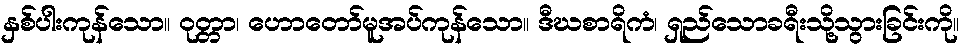
နှစ်ပါးကုန်သော။ ဝုတ္တာ၊ ဟောတော်မူအပ်ကုန်သော။ ဒီဃစာရိကံ၊ ရှည်သောခရီးသို့သွားခြင်းကို။